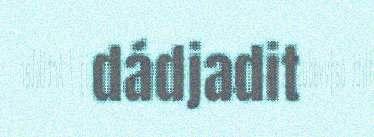
dádjadit